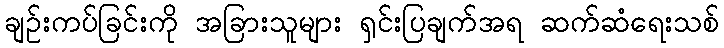
ချဉ်းကပ်ခြင်းကို အခြားသူများ ရှင်းပြချက်အရ ဆက်ဆံရေးသစ်